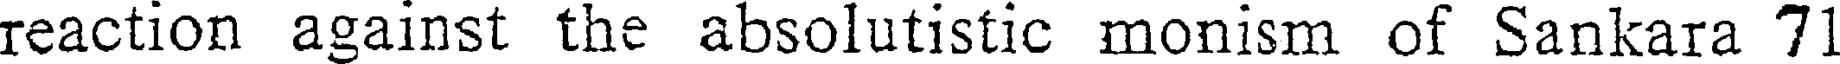
reaction against the absolutistic monism of Sankara 71